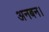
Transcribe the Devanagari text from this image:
अनबन।